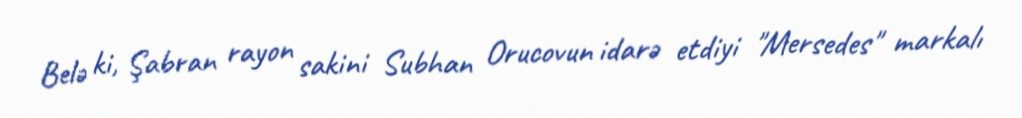
Belə ki, Şabran rayon sakini Subhan Orucovun idarə etdiyi "Mersedes" markalı